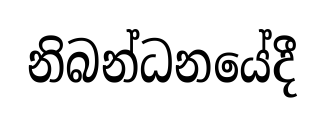
නිබන්ධනයේදී